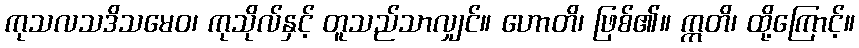
ကုသလသဒိသမေဝ၊ ကုသိုလ်နှင့် တူသည်သာလျှင်။ ဟောတိ၊ ဖြစ်၏။ ဣတိ၊ ထို့ကြောင့်။